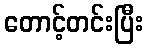
တောင့်တင်းပြီး